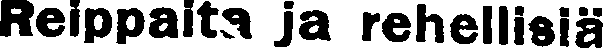
Reippaita ja rehellisiä